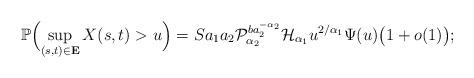
LaTeX: \begin{align*} \mathbb{P} \Bigl( \sup_{(s,t)\in\mathbf{E}} X(s,t)> u \Bigr) =S a_1a_2\mathcal{P}_{\alpha_2}^{ba_2^{-\alpha_2}}\mathcal{H}_{\alpha_1} u^{{2}/{\alpha_1}} \Psi(u) \bigl(1+o(1)\bigr);\end{align*}